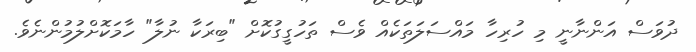
ދުވަސް އަންނާނީ މި ހުރިހާ މައްސަލަތަކެއް ވެސް ތަހުގީގުކޮށް "ބިރަކާ ނުލާ" ހާމަކޮށްލުމުންނެވެ.